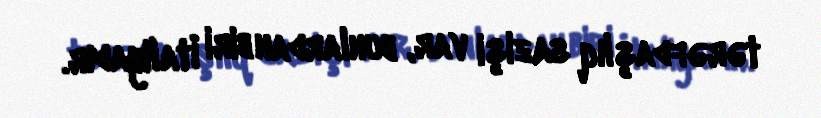
tərəfdaşlıq sazişi var, bunlardan biri İtaliyadır.